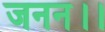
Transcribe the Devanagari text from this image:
जनन।।